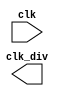
module test(
	input clk,
	output clk_div
	);
	reg [3:0] count=0;
endmodule